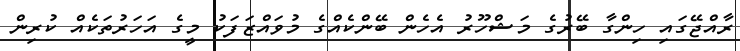
ރާއްޖޭގައި ހިންގާ ބޭރުގެ މަޝްހޫރު އެހެން ބޭންކެއްގެ މުވައްޒަފަކު މީގެ އަހަރުތަކެއް ކުރިން